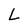
Character: L